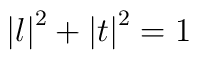
\left| l\right| ^{2}+\left| t\right| ^{2}=1